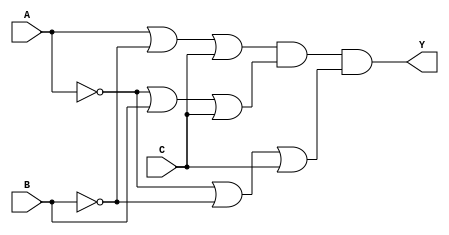
module pos_circuit (
    input wire A,     // Input A
    input wire B,     // Input B
    input wire C,     // Input C
    output wire Y     // Output Y
);

    // Intermediate wires for sum terms
    wire sum_term1;
    wire sum_term2;
    wire sum_term3;

    // Implementing the sum terms using OR gates
    assign sum_term1 = (A | ~B | C);  // (A + B' + C)
    assign sum_term2 = (~A | B | C);  // (A' + B + C)
    assign sum_term3 = (~A | ~B | C); // (A' + B' + C)

    // Implementing the final output using AND gate
    assign Y = sum_term1 & sum_term2 & sum_term3; // Final POS output

endmodule